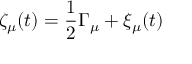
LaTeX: \zeta _ { \mu } ( t ) = \frac { 1 } { 2 } \Gamma _ { \mu } + \xi _ { \mu } ( t )